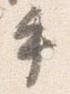
手